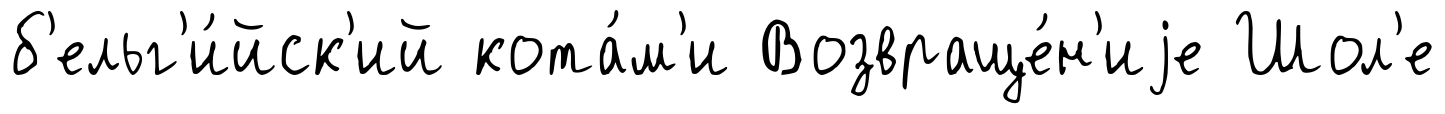
б'ельг'и́йск'ий кота́м'и Возвраще́н'иjе Шол'е